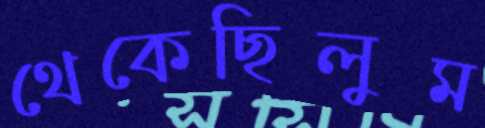
থেকেছিলুম